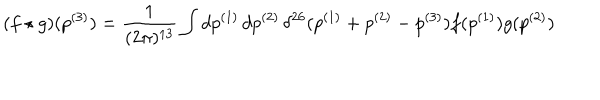
( f \star g ) ( p ^ { ( 3 ) } ) = \frac { 1 } { ( 2 \pi ) ^ { 1 3 } } \int d p ^ { ( 1 ) } \, d p ^ { ( 2 ) } \, \delta ^ { 2 6 } ( p ^ { ( 1 ) } + p ^ { ( 2 ) } - p ^ { ( 3 ) } ) f ( p ^ { ( 1 ) } ) g ( p ^ { ( 2 ) } )